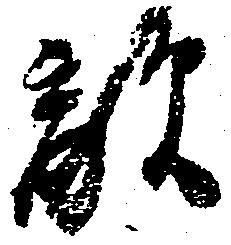
敵